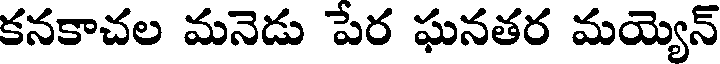
కనకాచల మనెడు పేర ఘనతర మయ్యెన్